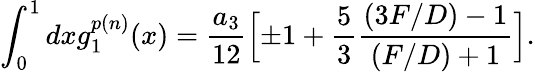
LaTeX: \int_{0}^{1}dxg_{1}^{p(n)}(x)={\frac{a_{3}}{12}}\Bigl[\pm 1+{\frac{5}{3}}{\frac{(3F/D)-1}{(F/D)+1}}\Bigr].